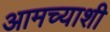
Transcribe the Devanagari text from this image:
आमच्याशी